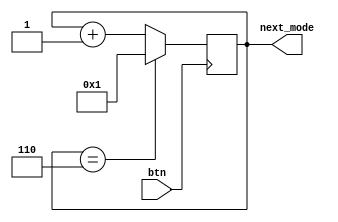
`timescale 1ns / 1ps
//////////////////////////////////////////////////////////////////////////////////
// Company: 
// Engineer: 
// 
// Design Name: 
// Module Name: sel_mode
// Project Name: 
// Target Devices: 
// Tool Versions: 
// Description: 
// 
// Dependencies: 
// 
// Revision:
// Revision 0.01 - File Created
// Additional Comments:
// 
//////////////////////////////////////////////////////////////////////////////////


module sel_mode(
	input btn,
	output reg [3:0] next_mode
    );

	initial begin
		next_mode = 1;	
	end

	always @(posedge btn) begin
			if (next_mode == 6) begin
				next_mode <= 1;
			end
			else begin
				next_mode <= next_mode + 1;
			end
	end
endmodule